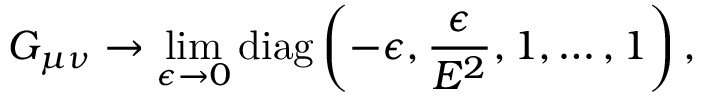
G _ { \mu \nu } \rightarrow \operatorname * { l i m } _ { \epsilon \rightarrow 0 } \mathrm { d i a g } \left( - \epsilon , \frac { \epsilon } { E ^ { 2 } } , 1 , \dots , 1 \right) ,